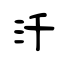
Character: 汘